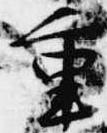
重